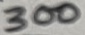
Text: 300